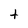
Character: t